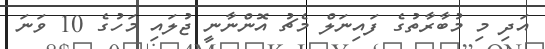
އަދި މި މުބާރާތުގެ ފައިނަލް މެޗު އޮންނާނީ ޖުލައި މަހުގެ 10 ވަނަ